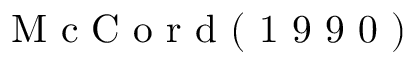
\mathrm { ~ M ~ c ~ C ~ o ~ r ~ d ~ ( ~ 1 ~ 9 ~ 9 ~ 0 ~ ) ~ }